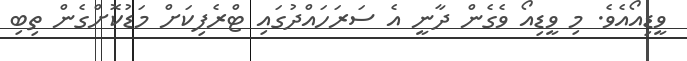
ވީޑިއޯއެވެ. މި ވީޑިއޯ ވެގެން ދާނީ އެ ސަރަހައްދުގައި ޓްރެފިކަށް މަޑުކޮށްގެން ތިބި